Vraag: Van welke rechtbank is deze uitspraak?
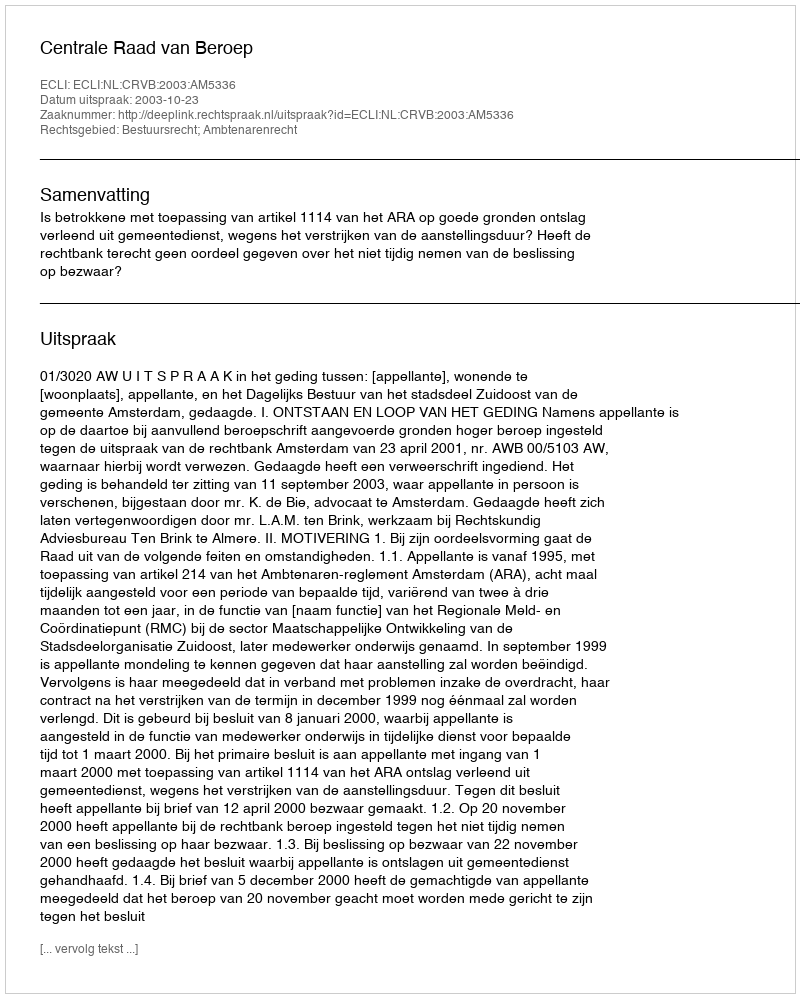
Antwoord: Centrale Raad van Beroep